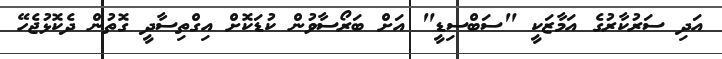
އަދި ސަރުކާރުގެ އަމާޒަކީ "ސަބްސިޑީ" އަށް ބަރޯސާވުން ކުޑަކޮށް އިގްތިސާދީ ގޮތުން ދެކޮޅުޖެހޭ